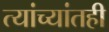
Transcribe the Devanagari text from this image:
त्यांच्यांतही